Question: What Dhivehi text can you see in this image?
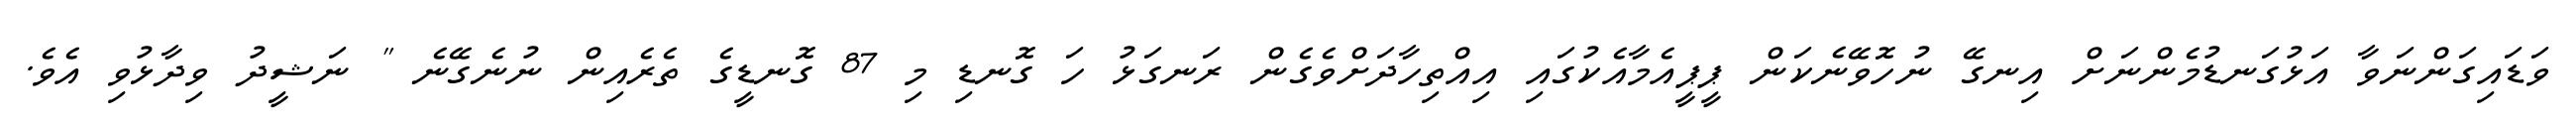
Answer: ވަޑައިގަންނަވާ އަޅުގަނޑުމެންނަށް އިނގޭ ނުހޮވޭނެކަން ޕީޕީއެމާއެކުގައި އިއްތިހާދަށްވެގެން ރަނގަޅު ހަ ގޮނޑި މި 87 ގޮނޑީގެ ތެރެއިން ނުނެގޭނެ " ނަޝީދު ވިދާޅުވި އެވެ.